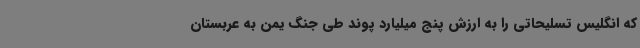
که انگلیس تسلیحاتی را به ارزش پنج میلیارد پوند طی جنگ یمن به عربستان